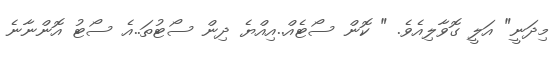
މިދަނީ" އަލީ ގޮވާލިއެވެ. " ކޮން ސޯޓެއް..އިއްޔެ ދިން ސޯޓުތަ..އެ ސޯޓު އޮންނާނެ